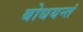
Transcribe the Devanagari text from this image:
बोधयन्तं